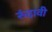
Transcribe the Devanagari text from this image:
रुंदावी